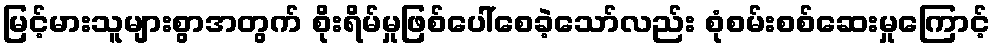
မြင့်မားသူများစွာအတွက် စိုးရိမ်မှုဖြစ်ပေါ်စေခဲ့သော်လည်း စုံစမ်းစစ်ဆေးမှုကြောင့်